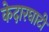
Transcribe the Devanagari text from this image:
केदारघाटी